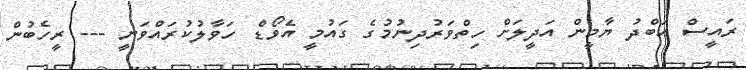
ރައީސް އަބްދު ޔާމީން އަދީލަށް ހިތްވަރުދިނުމުގެ ގައުމީ އެވޯޑް ހަވާލުކުރައްވަނީ --- ރީހެބުން